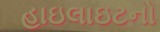
હાઇલાઇટનો